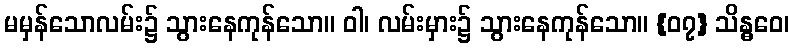
မမှန်သောလမ်း၌ သွားနေကုန်သော။ ဝါ၊ လမ်းမှား၌ သွားနေကုန်သော။ {၀၇} သိန္ဓဝေ၊